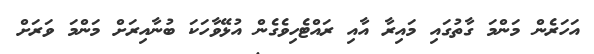
އަހަރެން މަންމަ ގާތުގައި މައިރާ އާއި ރައްޓެހިވެގެން އުޅޭވާހަކަ ބުނާއިރަށް މަންމަ ވަރަށް